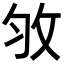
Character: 𢼇